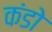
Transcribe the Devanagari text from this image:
कंडो